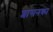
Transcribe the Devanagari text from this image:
शासनका